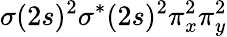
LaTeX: \sigma(2s)^{2}\sigma^{*}(2s)^{2}\pi_{x}^{2}\pi_{y}^{2}